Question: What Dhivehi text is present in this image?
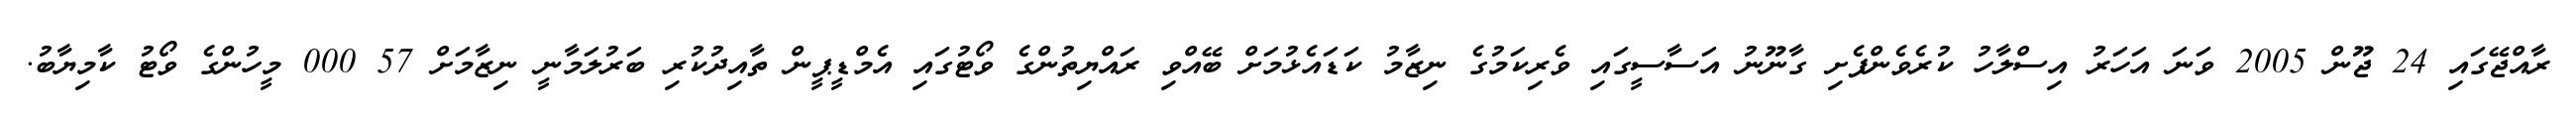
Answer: ރާއްޖޭގައި 24 ޖޫން 2005 ވަނަ އަހަރު އިސްލާހު ކުރެވެންފެށި ގާނޫނު އަސާސީގައި ވެރިކަމުގެ ނިޒާމު ކަޑައެޅުމަށް ބޭއްވި ރައްޔިތުންގެ ވޯޓުގައި އެމްޑީޕީން ތާއިދުކުރި ބަރުލަމާނީ ނިޒާމަށް 57 000 މީހުންގެ ވޯޓު ކާމިޔާބު.